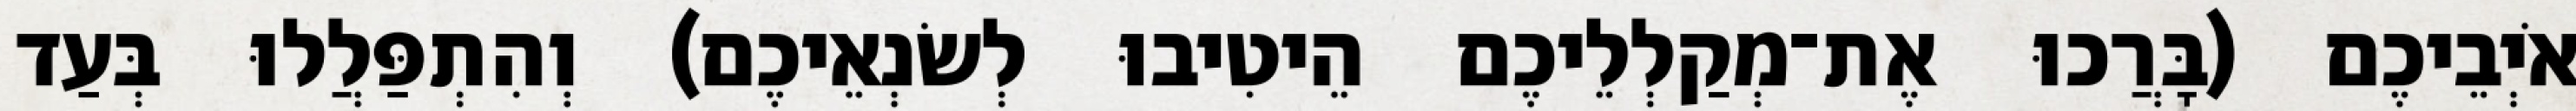
אֹיְבֵיכֶם (בָּרֲכוּ אֶת־מְקַלְלֵיכֶם הֵיטִיבוּ לְשׂנְאֵיכֶם) וְהִתְפַּלֲלוּ בְּעַד